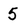
Character: 5